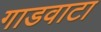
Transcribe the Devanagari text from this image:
गाडवाटा